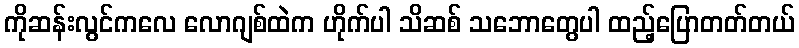
ကိုဆန်းလွင်ကလေ လောဂျစ်ထဲက ဟိုက်ပါ သိဆစ် သဘောတွေပါ ထည့်ပြောတတ်တယ်